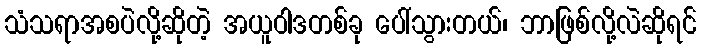
သံသရာအစပဲလို့ဆိုတဲ့ အယူဝါဒတစ်ခု ပေါ်သွားတယ်၊ ဘာဖြစ်လို့လဲဆိုရင်